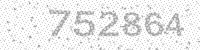
Solution: 752864